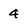
Character: 4